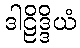
ဒါဠိဒ္ဒိယံ